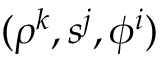
( \rho ^ { k } , s ^ { j } , \phi ^ { i } )